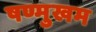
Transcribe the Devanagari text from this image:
षण्मुखम